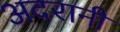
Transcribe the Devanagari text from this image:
अदरानी